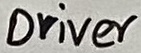
Text: Driver